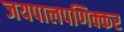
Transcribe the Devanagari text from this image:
जयपालपणिक्कर